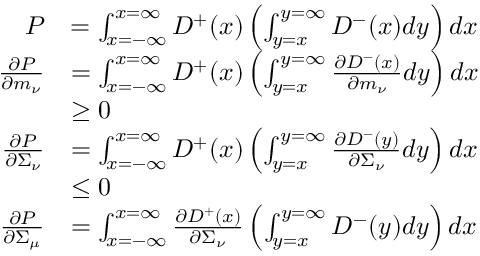
\begin{array} { r l } { P } & { = \int _ { x = - \infty } ^ { x = \infty } D ^ { + } ( x ) \left( \int _ { y = x } ^ { y = \infty } D ^ { - } ( x ) d y \right) d x } \\ { \frac { \partial P } { \partial m _ { \nu } } } & { = \int _ { x = - \infty } ^ { x = \infty } D ^ { + } ( x ) \left( \int _ { y = x } ^ { y = \infty } \frac { \partial D ^ { - } ( x ) } { \partial m _ { \nu } } d y \right) d x } \\ & { \geq 0 } \\ { \frac { \partial P } { \partial \Sigma _ { \nu } } } & { = \int _ { x = - \infty } ^ { x = \infty } D ^ { + } ( x ) \left( \int _ { y = x } ^ { y = \infty } \frac { \partial D ^ { - } ( y ) } { \partial \Sigma _ { \nu } } d y \right) d x } \\ & { \leq 0 } \\ { \frac { \partial P } { \partial \Sigma _ { \mu } } } & { = \int _ { x = - \infty } ^ { x = \infty } \frac { \partial D ^ { + } ( x ) } { \partial \Sigma _ { \nu } } \left( \int _ { y = x } ^ { y = \infty } D ^ { - } ( y ) d y \right) d x } \end{array}